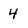
Character: 4